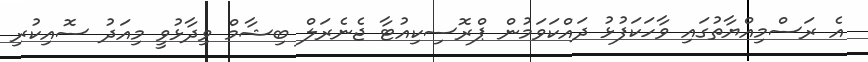
އެ ރަސްމިއްޔާތުގައި ވާހަކަފުޅު ދައްކަވަމުން ޕްރޮސިކިއުޓާ ޖެނެރަލް ބިޝާމް ވިދާޅުވީ މިއަދު ސޮއިކުރި